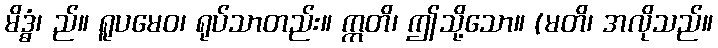
မိဒ္ဓံ၊ ည်။ ရူပမေဝ၊ ရုပ်သာတည်း။ ဣတိ၊ ဤသို့သော။ (မတိ၊ အလိုသည်။